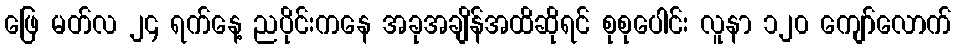
ဖြေ မတ်လ ၂၄ ရက်နေ့ ညပိုင်းကနေ အခုအချိန်အထိဆိုရင် စုစုပေါင်း လူနာ ၁၂၀ ကျော်လောက်